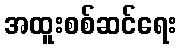
အထူးစစ်ဆင်ရေး